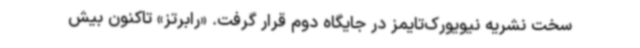
سخت نشریه نیویورک‌تایمز در جایگاه دوم قرار گرفت. «رابرتز» تاکنون بیش